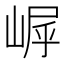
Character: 𪩀